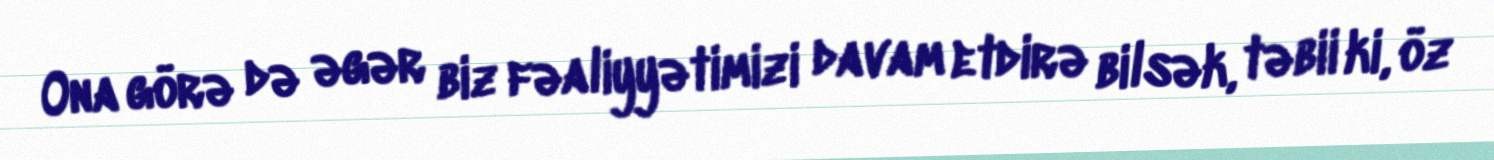
Ona görə də əgər biz fəaliyyətimizi davam etdirə bilsək, təbii ki, öz